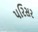
પરિસર